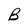
Character: B